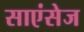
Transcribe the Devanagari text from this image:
साएंसेज